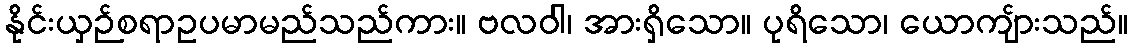
နိုင်းယှဉ်စရာဥပမာမည်သည်ကား။ ဗလဝါ၊ အားရှိသော။ ပုရိသော၊ ယောကျ်ားသည်။